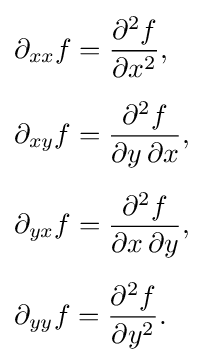
{\begin{aligned}&\partial _{xx}f={\frac {\partial ^{2}f}{\partial x^{2}}},\\[5pt]&\partial _{xy}f={\frac {\partial ^{2}f}{\partial y\,\partial x}},\\[5pt]&\partial _{yx}f={\frac {\partial ^{2}f}{\partial x\,\partial y}},\\[5pt]&\partial _{yy}f={\frac {\partial ^{2}f}{\partial y^{2}}}.\end{aligned}}